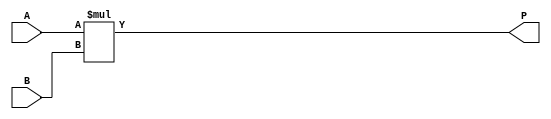
module booth_multiplier(input signed [15:0] A, B,
                           output signed [31:0] P);
  
reg signed [31:0] product;

always @(A or B)
begin
  product <= A * B;
end

assign P = product;

endmodule